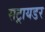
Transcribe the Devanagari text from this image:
सट्रायडर